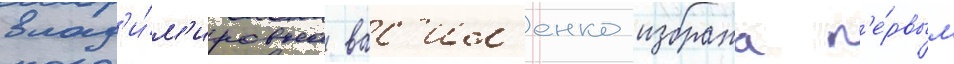
влад'и́м'ировна вас'ил'енко избрана п'е́рвым